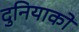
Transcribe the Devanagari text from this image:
दुनियाको